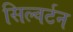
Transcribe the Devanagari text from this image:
सिल्वर्टन